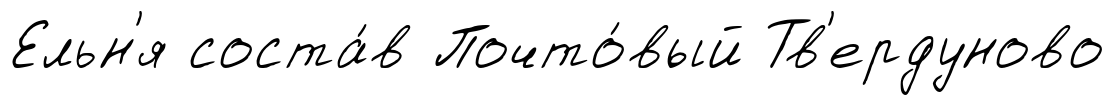
Ельн'я соста́в Почто́вый Тв'ердуново